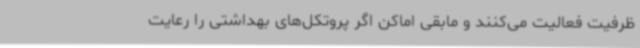
ظرفیت فعالیت می‌کنند و مابقی اماکن اگر پروتکل‌های بهداشتی را رعایت